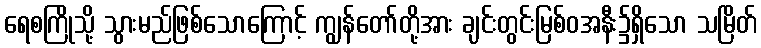
ရေစကြိုသို့ သွားမည်ဖြစ်သောကြောင့် ကျွန်တော်တို့အား ချင်းတွင်းမြစ်ဝအနီး၌ရှိသော သမြိတ်